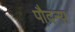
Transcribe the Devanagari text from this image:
पौदन्य